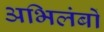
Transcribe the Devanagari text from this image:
अभिलंबों